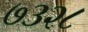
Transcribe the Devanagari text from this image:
७३२८